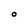
Character: O